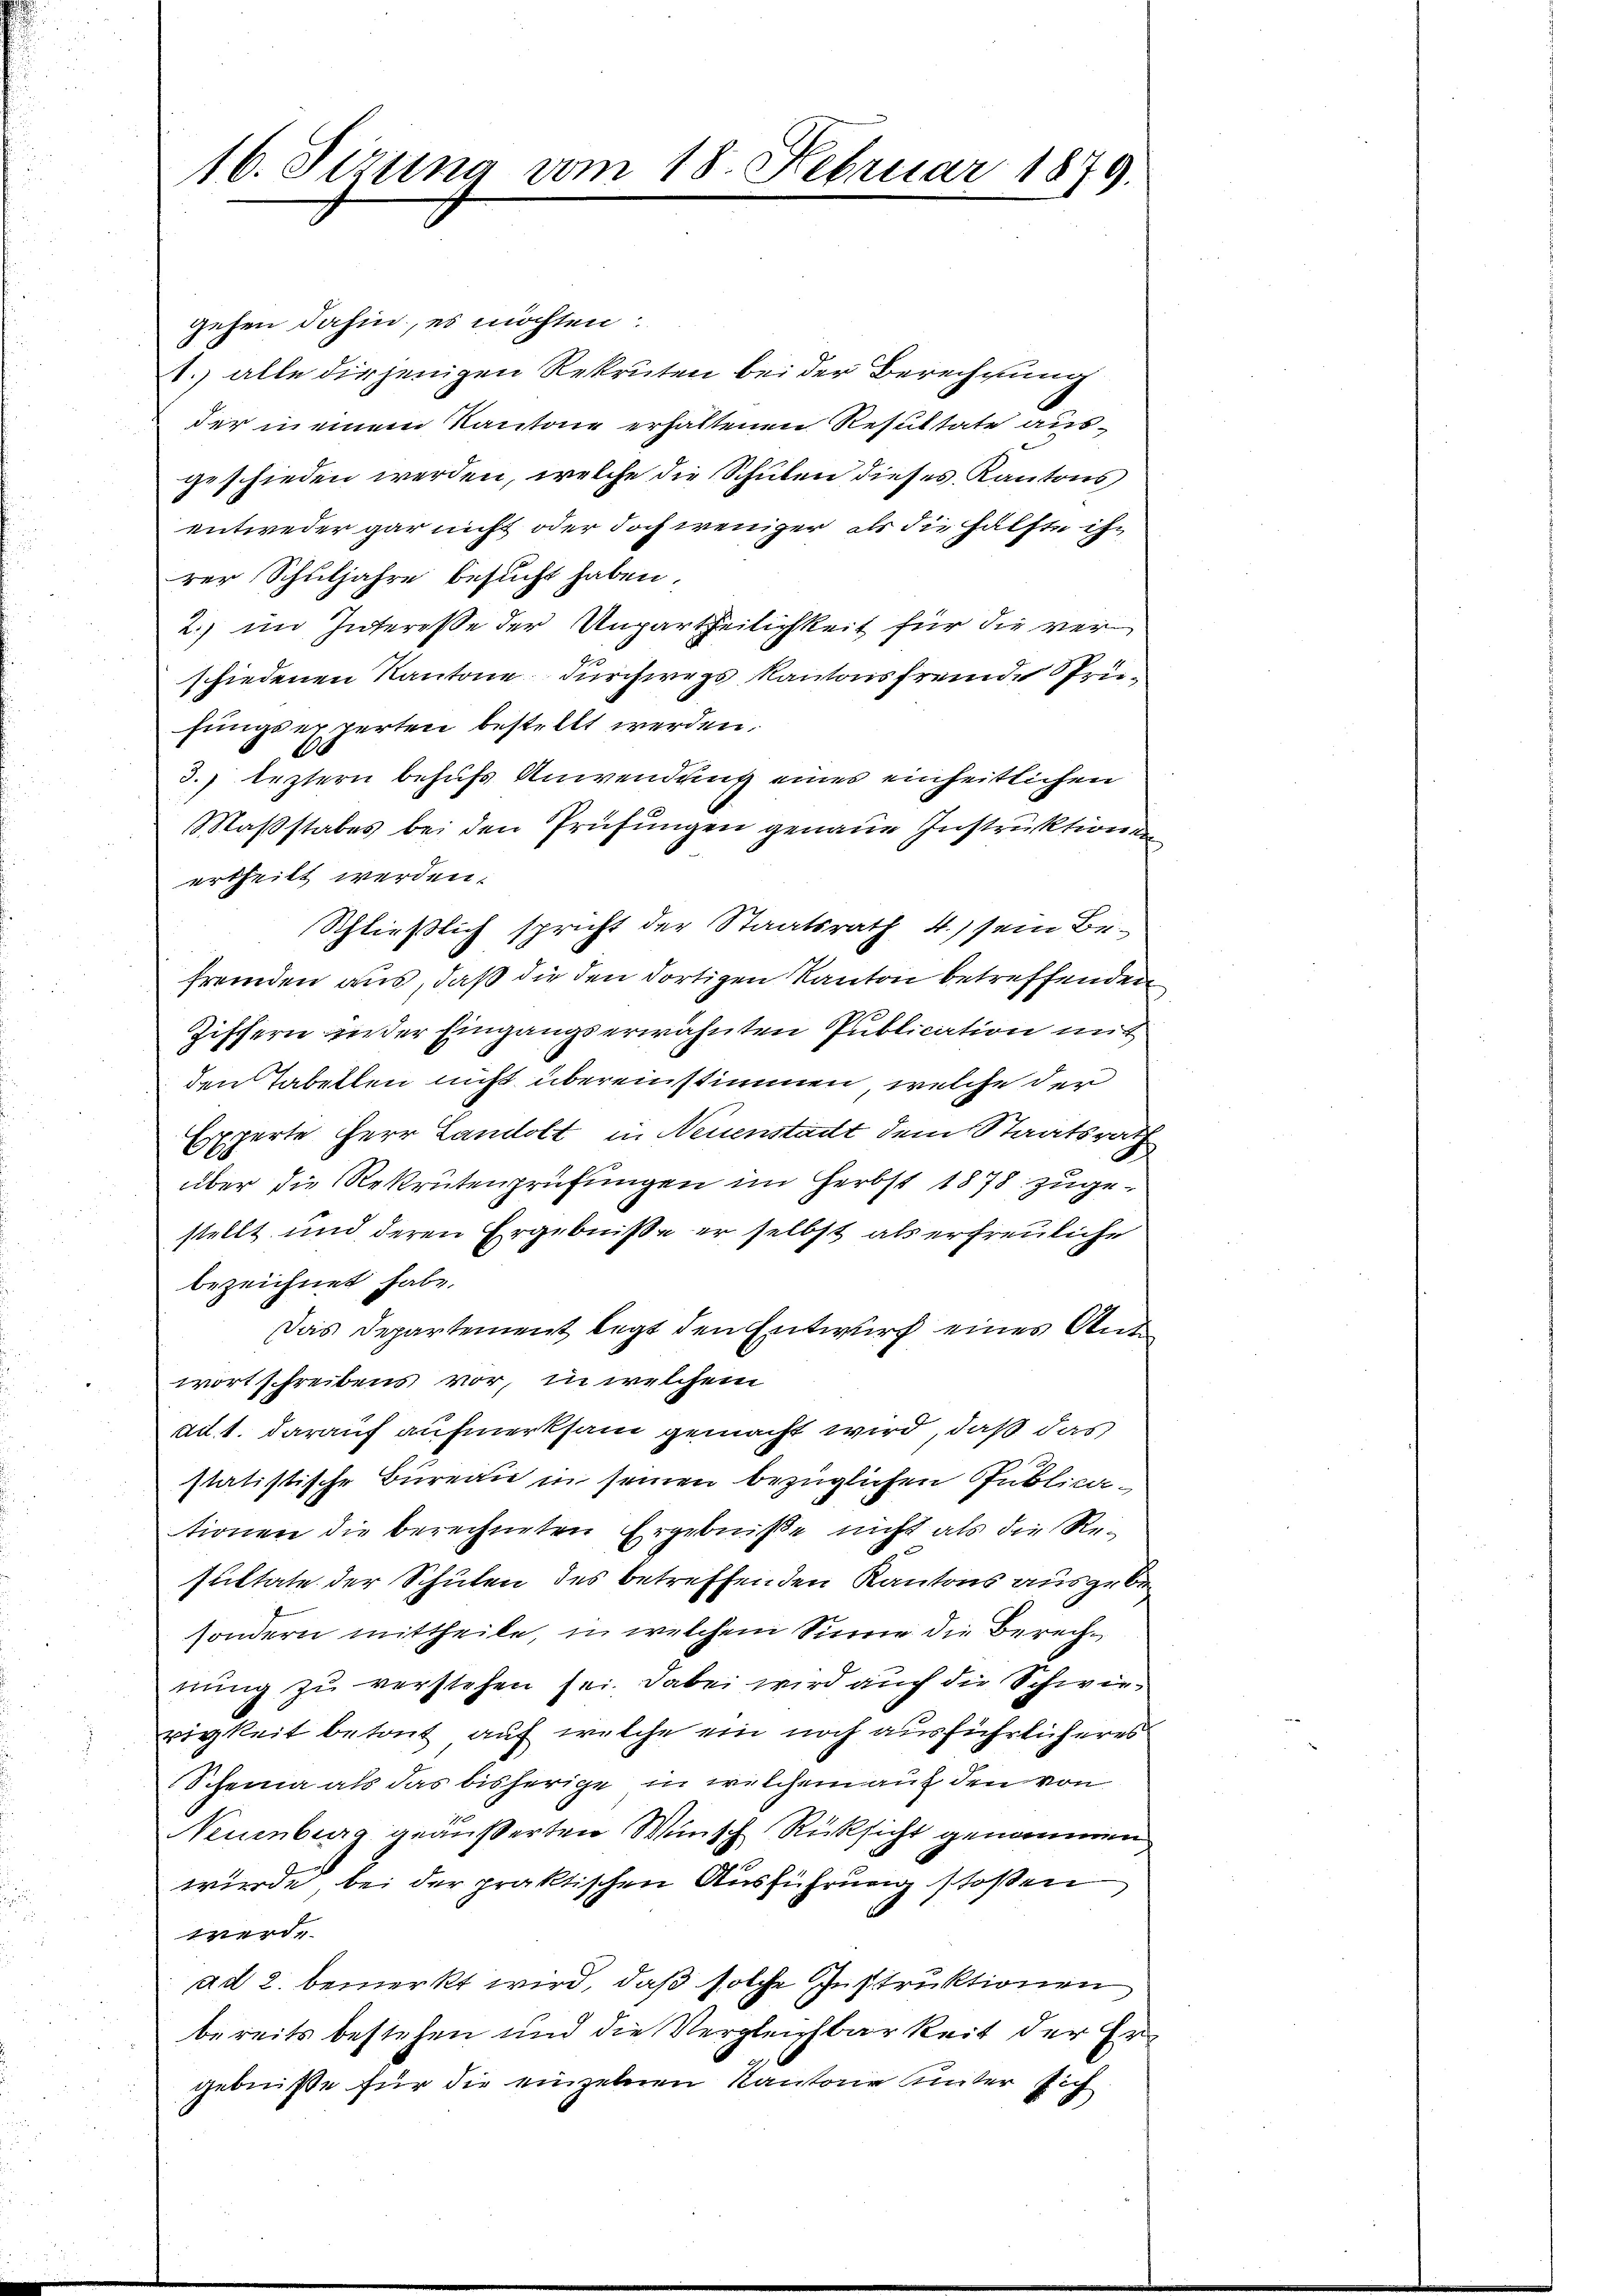
16. Sizung vom 18. Februar 1879.

gehen dahin, es möchten:
1. alle diejenigen Rekruten bei der Berechnung
der in einem Kantone erhaltenen Resultate ausgeschieden werden, welche die Schulen dieses Kantons,
entweder gar nicht oder doch weniger, als die Hälfte ihn
rer Schuljahre besucht haben.
2. im Interesse der Unpartheilichkeit für die ver¬
1fiedenen Kantone durchwegs Kantonsfremde Sprüfungserwerten bestellt werden.
A
3. leztern behufs Anwendung eines einheitlichen
Maßstabes bei den Prüfungen genaue Instruktionen
ertheilt werden.
Schließlich spricht der Staatsrath 4.) sein Be-
fremden aus, daß die den dortigen Kanton betreffenden
Zischern in der Eingangserwähnten Publication mit
den Tabellen nicht übereinstimmen, welche der
Experte Herr Landolt, in Neuenstadt dem Staatsrath
über die Rekrutenprüfungen im Herbst 1878 zugestellt und deren Ergebniße er selbst als erfreuliche
bezeichnet habe.
Das Departement legt den Entwurf eines Antwort schreibens vor, in welchem
ad. 1. darauf aufmerksam gemacht wird, daß das
statistische Bureau in seinen bezüglichen Publicationen die berechneten Ergebnisse nicht als die Resultate der Schulen des betreffenden Kantons ausgebe
sondern mittheile, in welchem Sinne die Berechnung zu verstehen sei. Dabei wird auch die Schwierigkeit betont auf welche ein noch ausführlicheres
Schema als das bisherige in welchem auf den von
Neuenburg geäußerten Wünsch Rücksicht genommen
würde, bei der praktischen Ausführung stoßen
er,
ad 2. bemerkt wird, daß solche Instruktionen
bereits bestehen und die Vergleichbarkeit der Er
gebniße für die einzelnen Kantone unter sich